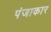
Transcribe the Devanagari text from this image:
पंजाकार